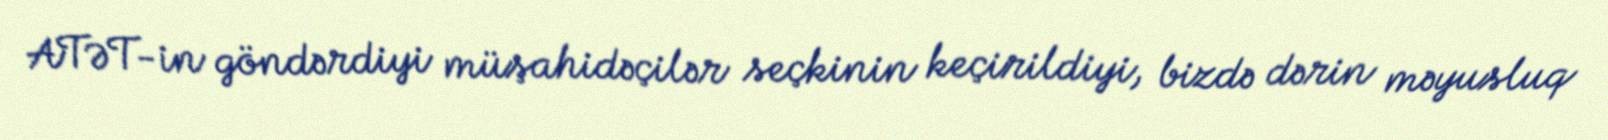
ATƏT-in göndərdiyi müşahidəçilər seçkinin keçirildiyi, bizdə dərin məyusluq